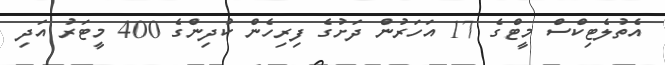
އެތުލެޓިކްސް މީޓްގެ 17 އަހަރުން ދަށުގެ ފިރިހެން ކުދިންގެ 400 މީޓަރު އަދި